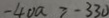
- 4 0 a \geq - 3 3 0